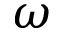
\omega